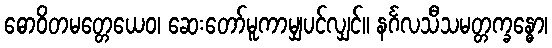
ဓောဝိတမတ္တေယေဝ၊ ဆေးတော်မူကာမျှပင်လျှင်။ နင်္ဂလသီသမတ္တက္ခန္ဓော၊